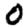
Digit: 0